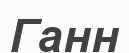
Ганн